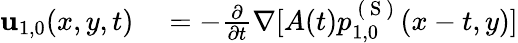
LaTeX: \begin{array}{rl}{\mathbf{u}_{1,0}(x,y,t)}&{{}=-\frac{\partial}{\partial t}\nabla[A(t)p_{1,0}^{\mathrm{~(~S~)~}}(x-t,y)]}\end{array}